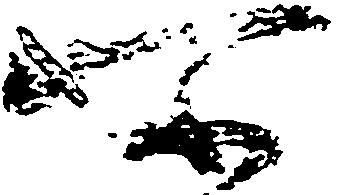
所